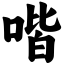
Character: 喈